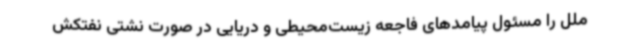
ملل را مسئول پیامدهای فاجعه زیست‌محیطی و دریایی در صورت نشتی نفتکش